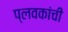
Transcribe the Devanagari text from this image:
प्लवकांची